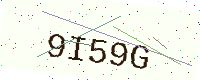
Text: 9I59G